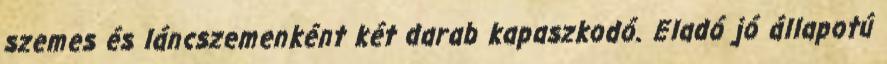
szemes és láncszemenként két darab kapaszkodó. Eladó jó állapotú